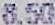
8.50